Vaccination Hyderabad 1890-1903 - 1890-1903
Year: 1890
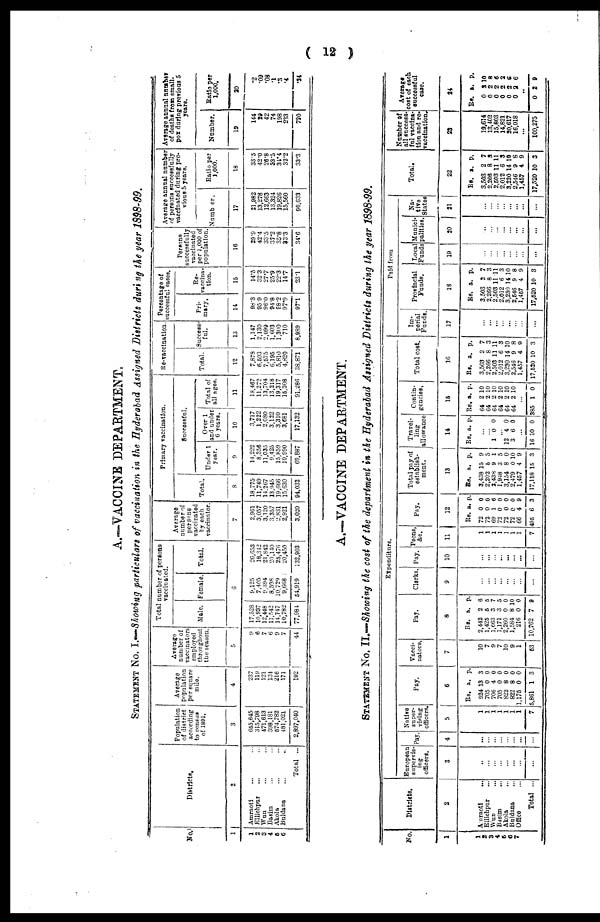
( 12 )
A.—VACCINE DEPARTMENT.
STATEMENT No. I.—Showing particulars of vaccination in the Hyderabad Assigned Districts during the year 1898-99.
No.
1
1
2
3
4
5
6
Districts.
2
Amraoti
... ...
Ellichpur ... ...
Wun ... ...
Basim ... ...
Akola ... ...
Buldana ... ...
Total ...
Population
of district
according
to census
of 1891.
3
655,645
315,798
471,613
398,181
574,782
481,021
2,897,040
Average
population
per square
mile.
4
237
119
121
134
216
171
192
Average
number of
vaccinators
employed
throughout
the season.
5
9
6
7
6
9
7
44
Total number of persons
vaccinated.
Male. Female. Total.
6
17,528
10,937
12,448
11,542
14,747
10,782
77,984
9,125
7,405
9,394
8,598
10,729
9,668
54,919
26,653
18,342
21,842
20,140
25,476
20,450
132,903
Average
number of
persons
vaccinated
by each
vaccinator.
7
2,961
3,057
3,120
3,357
2,831
2,921
3,020
Primary vaccination.
Total.
8
18,775
11,749
14,267
13,945
19,666
15,630
94,032
Successful.
Under 1
year.
9
14,222
8,356
11,035
9,425
15,859
10,990
69,887
Over 1
and under
6 years.
10
3,717
1,222
2,080
3,122
3,310
3,681
17,132
Total of
all ages.
11
18,467
11,272
13,704
13,218
19,317
15,308
91,286
Re-vaccination.
Total.
12
7,878
6,593
7,575
6,195
5,810
4,820
38,871
Success-
ful.
13
1,147
2,130
2,099
1,603
1,300
710
8,989
Percentage of
successful cases.
Pri-
mary.
14
98.3
95.9
96.0
94.8
98.2
97.9
97.1
Re-
vaccina-
tion.
15
14.5
32.3
27.7
25.9
22.3
14.7
23.1
Persons
successfully
vaccinated
per 1,000 of
population.
16
29.9
42.4
33.5
37.2
35.8
33.3
34.6
Average annual number
of persons successfully
vaccinated during pre-
vious 5 years.
Number.
17
21,982
13,278
12,663
13,324
19,826
15,560
96,633
Ratio per
1,000.
18
33.5
42.0
26.8
33.5
34.4
32.2
33.3
Average annual numb*!
of deaths from small-
pox during previous 5
years.
Number.
19
144
29
42
74
198
233
720
Ratio per
1,000.
20
.2
.09
.08
.1
.3
.4
.24
A.—VACCINE DEPARTMENT.
STATEMENT No. II.—Showing the cost of the department in the Hyderabad Assigned Districts during the year 1898-99.
No.
1
1
2
3
4
5
6 7
Districts.
2
Amraoti
...
Ellichpur ...
Wun ...
Basim ...
Akola
...
Buldana ...
Office ...
Total ...
Expenditure.
European
supervis-
ing
officers.
3
...
...
...
...
...
...
...
...
Pay.
4
...
...
...
...
...
...
...
...
Native
super-
vising
officers.
5
1
1
1
1
1
1
1
7
Pay.
6
Rs.
924
705
706
705
822
822
1,175
5,861
a.
13
0
4
0
8
8
0
1
p.
3
0
0
0
0
0
0
3
Vacci-
nators.
7
10
7
9
7
10
9
1
53
Pay.
8
Rs.
2,442
1,425
1,663
1,171
2,260
1,584
216
10,762
a.
2
5
3
3
0 8
0
7
p.
6
5
7
5
0
10
0
9
Clerks.
9
...
...
...
...
...
...
...
...
Pay.
10
...
...
...
...
...
... ...
...
Peons,
&c.
11
1
1
1
1
1
1
1
7
Pay.
12
Rs.
72
72
69
72
72
72
66
495
a.
0
0
1
0
0
0
4
6
p.
0
0
6
0
0
0
9
3
Total pay of
establish-
ment.
13
Rs.
3,438
2,202
2,438
1,948
3,154
2,479
1,457
17,118
a.
15
5
9
3
8
0
4
15
p.
9
5
1
5
0
10
9
3
Travel-
ling
allowance
14
Rs. a. p.
...
...
1 0 0
... 12
3
4
6
0
0
...
16 10 0
Contin-
gencies.
15
Rs.
64
64
64
64
64
64
a.
2
2
2
2
2
2
p.
10
10
10
10
10
10
...
385 1 0
Total cost.
16
Rs.
3,503
2,266
2,503
2,012
3,230
2,546
1,457
17,520
a.
2
8
11
6
14
9
4
10
p.
7
3
11
3
10
8
9
3
Paid from
Im¬
perial
Funds.
17
...
...
...
...
...
...
...
...
Provincial
Funds.
18
Rs.
3,503
2,266
2,503
2,012
3,230
2,546
1,457
17,520
a.
2
8
11
6
14
9
4
10
p.
7
3
11
3
10
8
9
3
Local
Funds
19
...
...
...
...
... ...
...
...
Munici-
palities.
20
...
...
...
...
...
...
...
...
Na-
tive
States
21
...
...
...
...
...
...
...
...
Total.
22
Rs.
3,503
2,266
2,503
2,012
3,230
2,546
1,457
17,520
a.
2
8
11
6
14
9
4
10
p.
7
3
11
3
10
8
9
3
Number of
all success-
ful vaccina¬
tion and re¬
vaccination.
23
19,614
13,402
15,803
14,821
20,617
16,018
...
100,275
Average
cost of each
successful
case.
24
Rs.
0
0
0
0
0
0
...
0
a.
2
2
2
2
2
2
...
2
p.
10
8
6
2
6
6
...
9